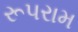
રૂપરામ